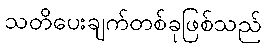
သတိပေးချက်တစ်ခုဖြစ်သည်